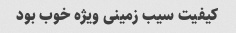
کیفیت سیب زمینی ویژه خوب بود